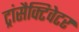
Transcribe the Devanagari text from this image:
ट्रांसैक्टिवेटर